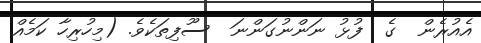
އެއުރެން  ގެ  ފުޅު ނަންނުގަންނަ  ސޫފިިތަކެވެ. (މިހުރިހާ ކަމެއް